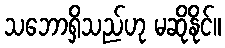
သဘောရှိသည်ဟု မဆိုနိုင်။